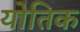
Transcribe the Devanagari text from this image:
योतिक